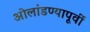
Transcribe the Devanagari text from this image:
ओलांडण्यापूर्वी